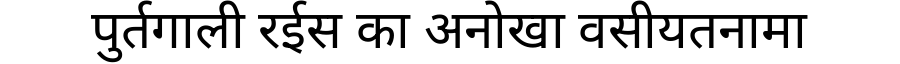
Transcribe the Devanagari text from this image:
पुर्तगाली रईस का अनोखा वसीयतनामा